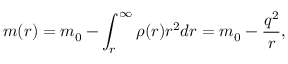
m ( r ) = m _ { 0 } - \int _ { r } ^ { \infty } \rho ( r ) r ^ { 2 } d r = m _ { 0 } - \frac { q ^ { 2 } } { r } ,